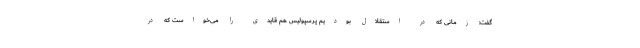
گفت: زمانی که در استقلال بودیم پرسپولیس هم قایدی را می‌خواست که در